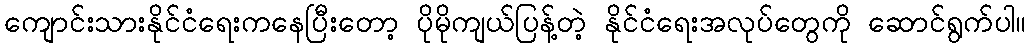
ကျောင်းသားနိုင်ငံရေးကနေပြီးတော့ ပိုမိုကျယ်ပြန့်တဲ့ နိုင်ငံရေးအလုပ်တွေကို ဆောင်ရွက်ပါ။